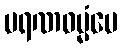
မရဏဓမ္မံပေ